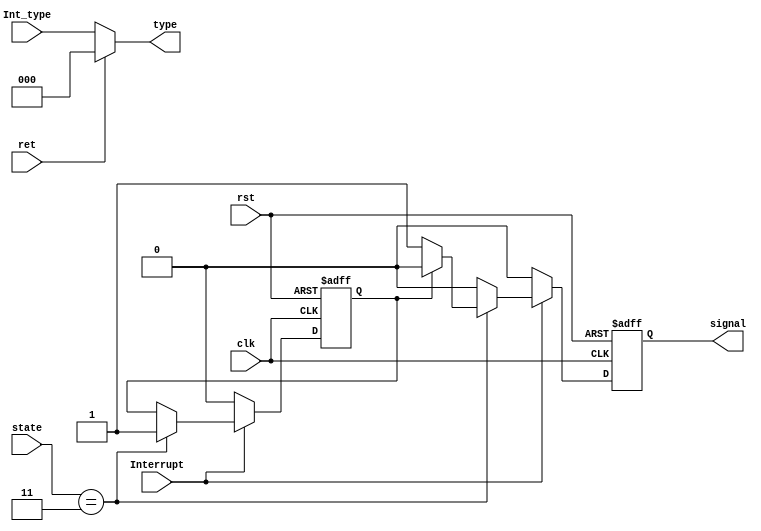
`timescale 1ns / 1ps
//////////////////////////////////////////////////////////////////////////////////
// Company: 
// Engineer: 
// 
// Design Name: 
// Module Name: Interrupt_Ctrl
// Project Name: 
// Target Devices: 
// Tool Versions: 
// Description: 
// 
// Dependencies: 
// 
// Revision:
// Revision 0.01 - File Created
// Additional Comments:
// 
//////////////////////////////////////////////////////////////////////////////////


module Interrupt_Ctrl(
    input clk,rst,Interrupt,
    input [2:0]state,
    input [2:0]Int_type,
    input ret,
    output reg signal,
    output [2:0] type
    );
    
    assign type= (ret==0) ? Int_type:3'b000;
    
    reg flag;
    always @(posedge clk or posedge rst)
    begin
        if (rst)
        begin
            signal=0;
            flag=0;
        end
        else 
        begin
            if (Interrupt)
            begin
                if (state == 3'b011)
                begin
                    if (flag==0)
                    begin
                        signal=1;
                        flag=1;
                    end
                    else
                    begin
                        signal=0;
                    end
                end
                else 
                begin
                    signal=0; 
                end
            end
            else 
            begin
                signal=0;
                flag=0;
            end
        end
    end
    
endmodule